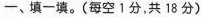
一、填一填。(每空1分，共18分)